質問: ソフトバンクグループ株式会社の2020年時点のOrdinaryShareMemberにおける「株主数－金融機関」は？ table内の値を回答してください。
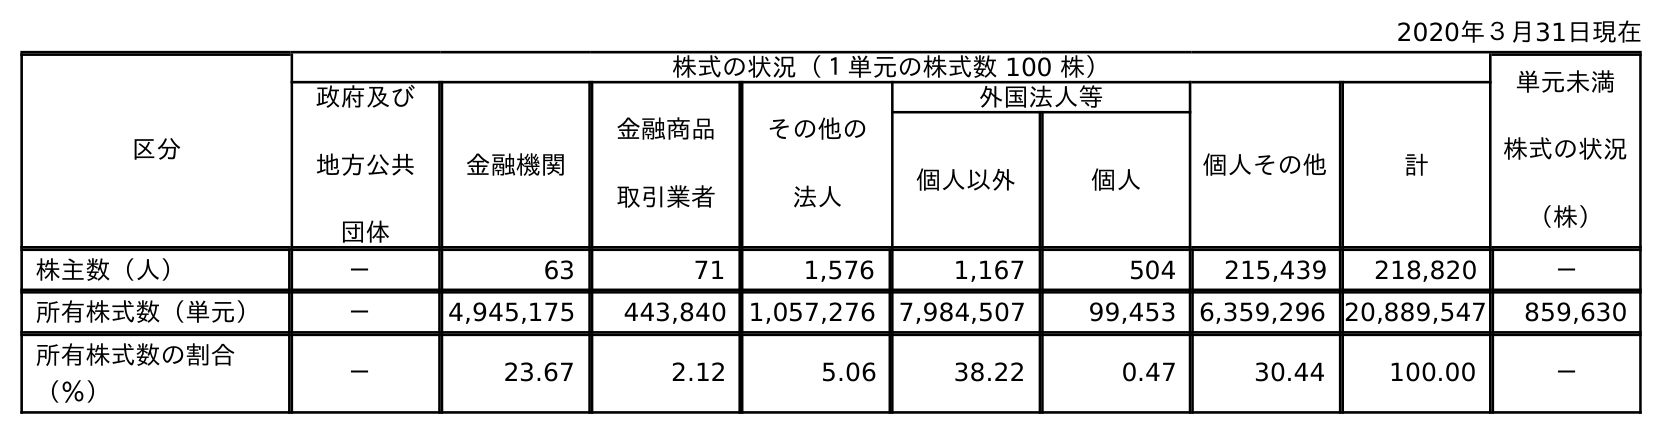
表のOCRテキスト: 2020年３月31日現在 区分 株式の状況（１単元の株式数 100 株） 単元未満 株式の状況 （株） 政府及び 地方公共 団体 金融機関 金融商品 取引業者 その他の 法人 外国法人等 個人その他 計 個人以外 個人 株主数（人） － 63 71 1,576 1,167 504 215,439 218,820 － 所有株式数（単元） － 4,945,175 443,840 1,057,276 7,984,507 99,453 6,359,296 20,889,547 859,630 所有株式数の割合 （％） － 23.67 2.12 5.06 38.22 0.47 30.44 100.00 －
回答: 63